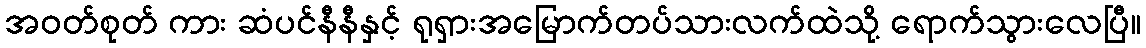
အဝတ်စုတ် ကား ဆံပင်နီနီနှင့် ရုရှားအမြောက်တပ်သားလက်ထဲသို့ ရောက်သွားလေပြီ။